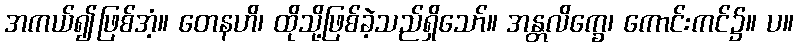
အကယ်၍ဖြစ်အံ့။ တေနဟိ၊ ထိုသို့ဖြစ်ခဲ့သည်ရှိသော်။ အန္တလိက္ခေ၊ ကောင်းကင်၌။ ပ။